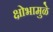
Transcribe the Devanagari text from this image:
क्षोभामुळे